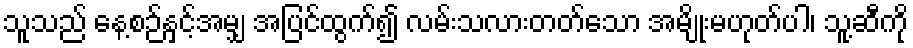
သူသည် နေ့စဉ်နှင့်အမျှ အပြင်ထွက်၍ လမ်းသလားတတ်သော အမျိုးမဟုတ်ပါ၊ သူ့ဆီကို